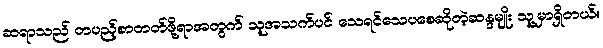
ဆရာသည် တပည့်စာတတ်ဖို့ရာအတွက် သူအသက်ပင် သေရင်သေပစေဆိုတဲ့ဆန္ဒမျိုး သူ့မှာရှိတယ်။